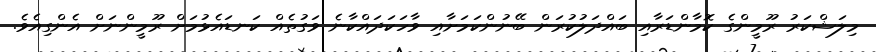
މިލަޝްކަރު ރޫމީންގެ ކޮމާންޑަރާއި ބައްދަލުކުރަން ބޭނުންކަމަށާއި ވާހަކަދައްކާނެ ވަގުތެއް ކަނޑައެޅުމަށް ރޫމީންނަށް އެންގިއެވެ.